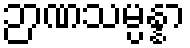
ဉာဏသမ္ပန္နာ